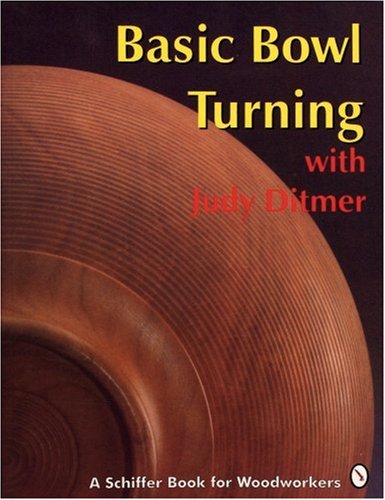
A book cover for Basic Bowl Turning With Judy Ditmer; Judy Ditmer; Sports & Outdoors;